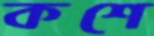
কশে